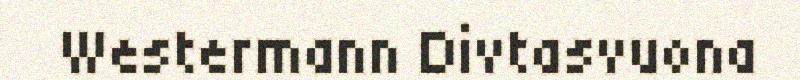
Westermann Divtasvuona